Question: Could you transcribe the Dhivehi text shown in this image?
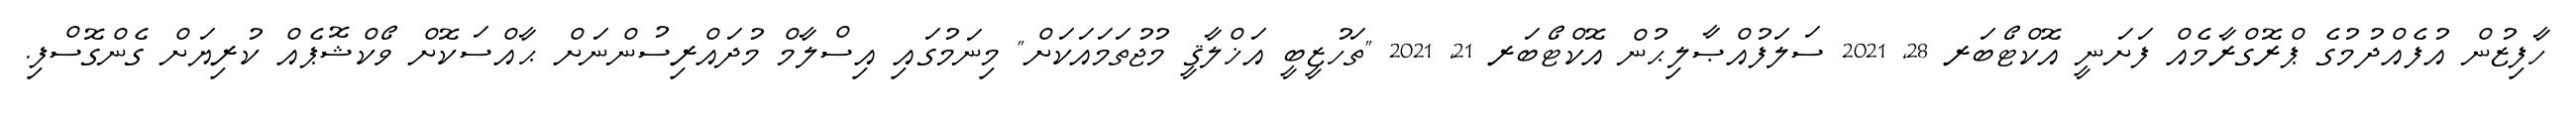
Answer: ހާފިޒުން އުފެއްދުމުގެ ޕްރޮގްރާމެއް ފަށަނީ އޮކްޓޯބަރ 28, 2021 ސަލަފުއްޞާލިޙުން އޮކްޓޯބަރ 21, 2021 "ތަހުޒީބީ އަޚްލާޤީ މުޖުތަމައަކަށް" މިނަމުގައި އިސްލާމް މުދައްރިސުންނަށް ޙާއްސަކޮށް ވޯކްޝޮޕެއް ކުރިޔަށް ގެންގޮސްފި.